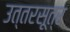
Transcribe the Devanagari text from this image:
उत्तरसूत्र